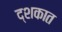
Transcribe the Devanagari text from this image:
द्शकात